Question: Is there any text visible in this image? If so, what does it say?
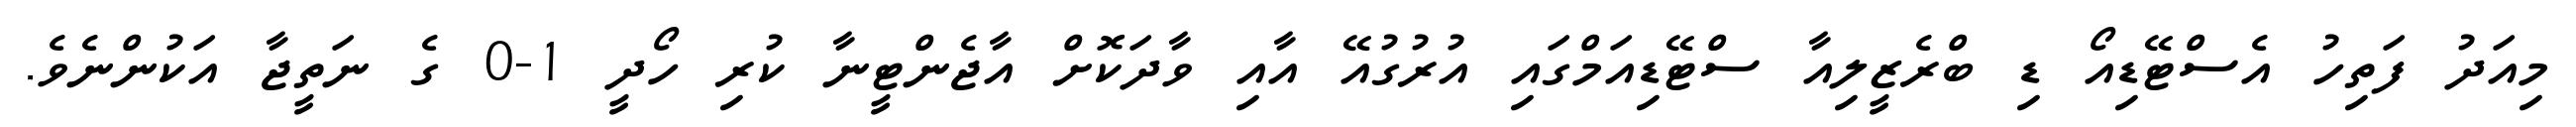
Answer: މިއަދު ފަތިހު އެސްޓޭޑިއޯ ޑި ބްރެޒީލިއާ ސްޓޭޑިއަމްގައި އުރުގުއޭ އާއި ވާދަކޮށް އާޖެންޓީނާ ކުރި ހޯދީ 1-0 ގެ ނަތީޖާ އަކުންނެވެ.